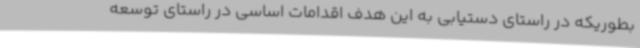
بطوریکه در راستای دستیابی به این هدف اقدامات اساسی در راستای توسعه